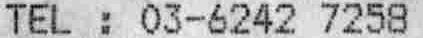
TEL : 03-6242 7258